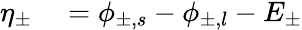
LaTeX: \begin{array}{rl}{\eta_{\pm}}&{{}=\phi_{\pm,s}-\phi_{\pm,l}-E_{\pm}}\end{array}